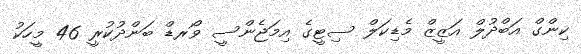
ކިންގް އަބްދުލް އަޒީޒް މެޑިކަލް ސިޓީގެ އިމަޖެންސީ ވޯރޑް ބަންދުކުރީ 46 މީހަކު